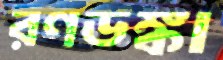
রণডঙ্কা